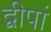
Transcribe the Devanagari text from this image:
द्वीपां